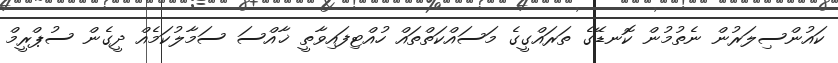
ކައުންސިލަރުން ނެތުމުން ކޮނޑޭގެ ތަރައްގީގެ މަސައްކަތްތައް ހުއްޓިފައިވާތީ ޚާއްސަ ސަމާލުކަމެއް ދީގެން ސުޕްރީމް